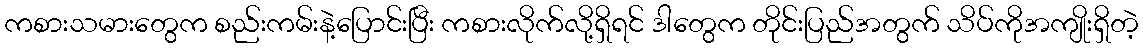
ကစားသမားတွေက စည်းကမ်းနဲ့ပြောင်းပြီး ကစားလိုက်လို့ရှိရင် ဒါတွေက တိုင်းပြည်အတွက် သိပ်ကိုအကျိုးရှိတဲ့